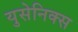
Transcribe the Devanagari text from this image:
युसेनिक्स